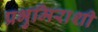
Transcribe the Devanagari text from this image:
प्रभुमिराशी